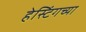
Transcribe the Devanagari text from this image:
हेस्टिंगच्या